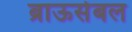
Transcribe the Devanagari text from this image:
ब्राऊसेबल